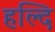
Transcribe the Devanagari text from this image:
हल्दि